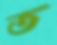
ত